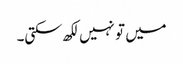
میں تو نہیں لکھ سکتی۔